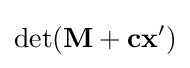
\operatorname {det} (\mathbf {M} +\mathbf {cx} ')